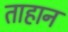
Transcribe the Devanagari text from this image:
ताहान